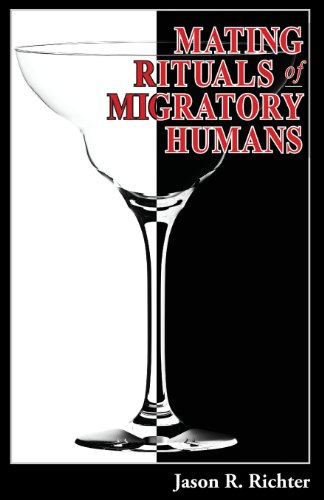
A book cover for Mating Rituals of Migratory Humans: A Novel of Sex, Restaurants and Redemption; Jason R. Richter; Romance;